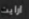
ارايت